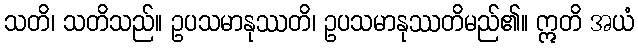
သတိ၊ သတိသည်။ ဥပသမာနုဿတိ၊ ဥပသမာနုဿတိမည်၏။ ဣတိ အယံ